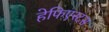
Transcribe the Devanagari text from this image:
हेफिएस्टस